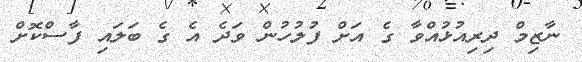
ނާޒިމް ދިރިއުޅުއްވާ ގެ އަށް ފުލުހުން ވަދެ އެ ގެ ބަލައި ފާސްކޮށް